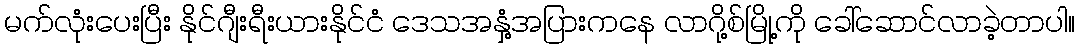
မက်လုံးပေးပြီး နိုင်ဂျီးရီးယားနိုင်ငံ ဒေသအနှံ့အပြားကနေ လာဂို့စ်မြို့ကို ခေါ်ဆောင်လာခဲ့တာပါ။